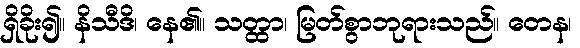
ရှိခိုး၍။ နိသီဒိ၊ နေ၏။ သတ္ထာ၊ မြတ်စွာဘုရားသည်။ တေန၊